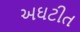
અઘટીત